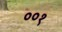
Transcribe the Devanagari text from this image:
००१